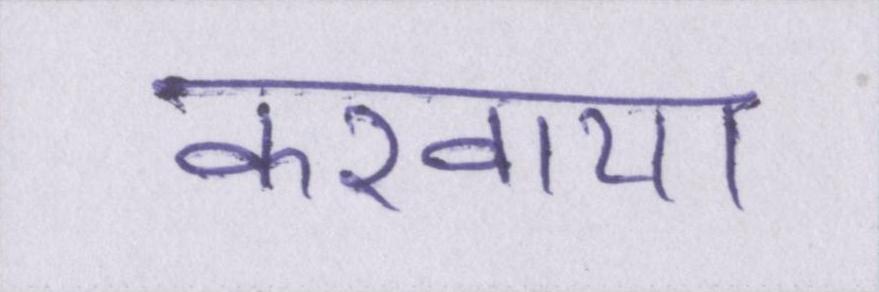
करवाया